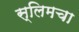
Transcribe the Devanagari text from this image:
स्लिमचा